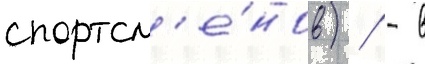
спортсм'е́нов) / - в